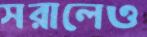
সরালেও